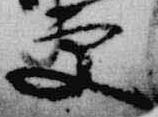
更